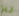
ريز